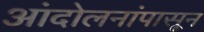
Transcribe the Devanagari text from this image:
आंदोलनांपासून